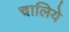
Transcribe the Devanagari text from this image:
चालिये